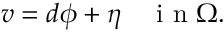
v = d \phi + \eta \quad \mathrm { ~ i ~ n ~ } \Omega .